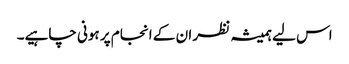
اس لیے ہمیشہ نظر ان کے انجام پر ہونی چاہیے۔